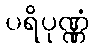
ပရိပုဏ္ဏံ